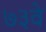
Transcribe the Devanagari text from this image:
७३वे